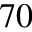
^ { 7 0 }